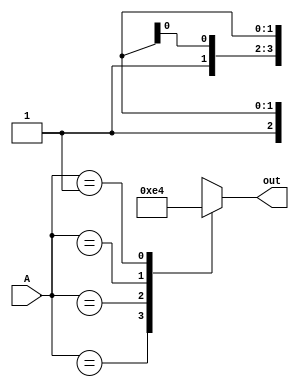
`timescale 1ns / 1ps
//////////////////////////////////////////////////////////////////////////////////
// Company: 
// Engineer: 
// 
// Design Name: 
// Module Name: PE-Casex
// Project Name: 
// Target Devices: 
// Tool Versions: 
// Description: 
// 
// Dependencies: 
// 
// Revision:
// Revision 0.01 - File Created
// Additional Comments:
// 
//////////////////////////////////////////////////////////////////////////////////


module PECasex(
input [3:0] A,
output reg [1:0] out
);
   

always@(A)
    begin
    case(A)
        4'b1XXX:out=2'b11;
        4'b01XX:out=2'b10;
        4'b001X:out=2'b01;
        4'b0001:out=2'b00;
        default:out=2'bX;
           
        endcase
    end
endmodule